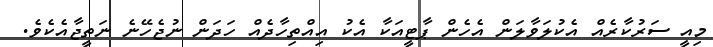
މިއީ ސަރުކާރެއް އެކުލަވާލަން އެހެން ޕާޓީއަކާ އެކު އިއްތިހާދެއް ހަދަން ނުޖެހޭނެ ނަތީޖާއެކެވެ.